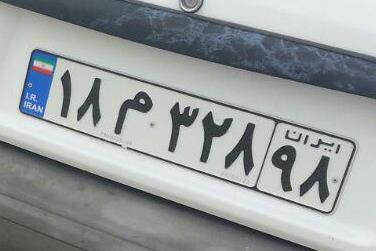
۱۸م۳۲۸۹۸